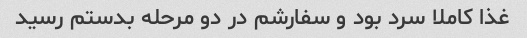
غذا کاملا سرد بود و سفارشم در دو مرحله بدستم رسید